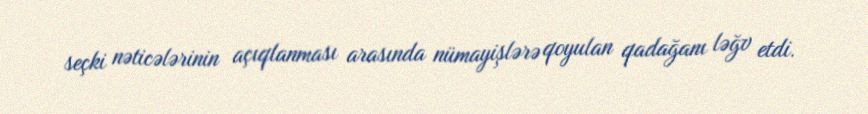
seçki nəticələrinin açıqlanması arasında nümayişlərə qoyulan qadağanı ləğv etdi.